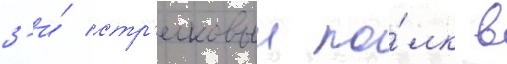
3-и́ стр'елковыи по́лк в